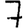
Digit: 7